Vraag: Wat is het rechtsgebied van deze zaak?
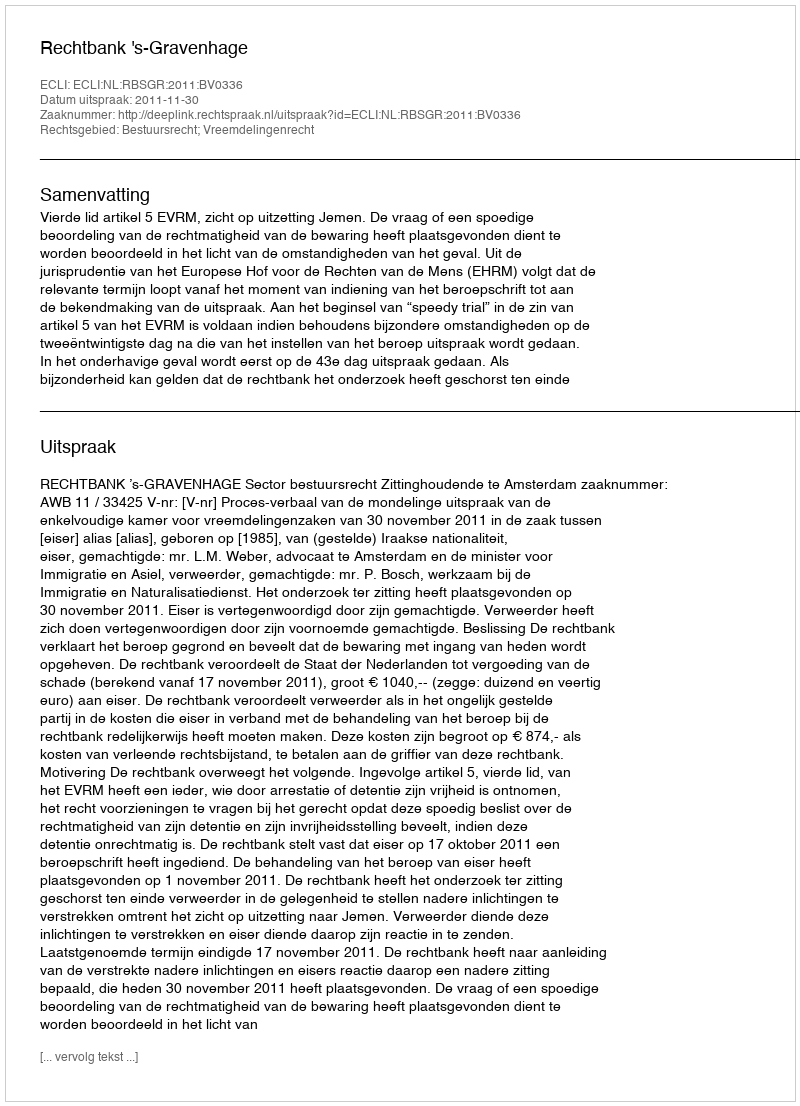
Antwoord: Bestuursrecht; Vreemdelingenrecht